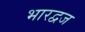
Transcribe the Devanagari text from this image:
भारद्वज